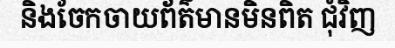
និងចែកចាយព័ត៌មានមិនពិត ជុំវិញ